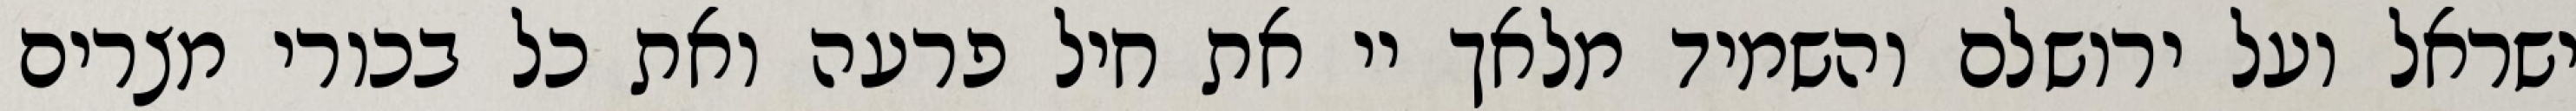
ישראל ועל ירושלם והשמיד מלאך יי את חיל פרעה ואת כל בכורי מצרים